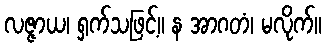
လဇ္ဇာယ၊ ရှက်သဖြင့်။ န အာဂတံ၊ မလိုက်။